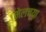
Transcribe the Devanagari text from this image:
मेलच्या